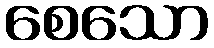
စေသော